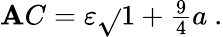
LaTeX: \mathbf{A}C=\textstyle\varepsilon{\sqrt{}{{1+{\frac{{9}}{{4}}}a\ }}}.